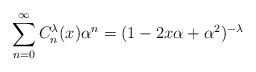
LaTeX: \begin{align*}\sum_{n=0}^{\infty} C^{\lambda}_n(x) \alpha^n = (1 - 2x\alpha + \alpha^2)^{-\lambda}\end{align*}